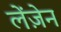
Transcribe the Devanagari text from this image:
लेंज़ेन